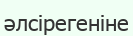
әлсірегеніне